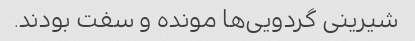
شیرینی گردویی‌ها مونده و سفت بودند.